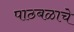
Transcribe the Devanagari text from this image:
पाठबळाचे